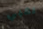
لقبي